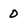
Character: D